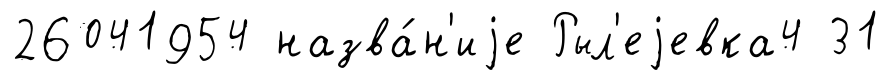
26041954 назва́н'иjе Рыл'еjевка4 31